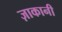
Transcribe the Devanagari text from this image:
ज़ाकानी